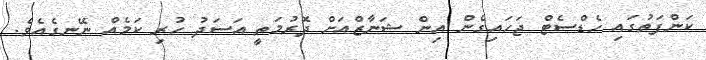
ކަންފަތުގައި ހެޑްސެޓް ޖަހައިގެން އިން ޝަނާޒްއަށް ދޮރުމަތީ އަސަދު ހުރި ކަމެއް ނޭނގެއެވެ.